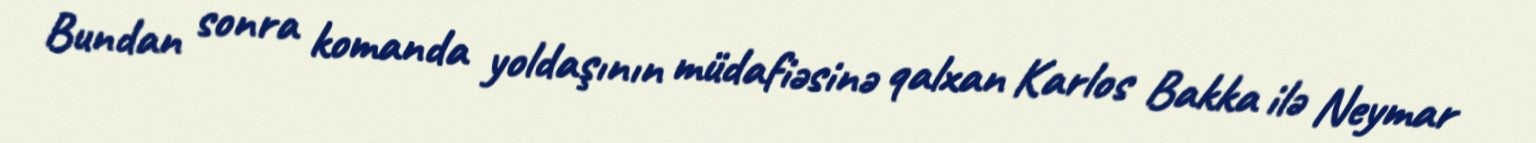
Bundan sonra komanda yoldaşının müdafiəsinə qalxan Karlos Bakka ilə Neymar